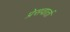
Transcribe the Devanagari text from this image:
प्रेसवार्ता